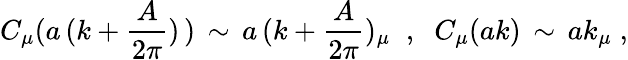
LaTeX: C_{\mu}(a\, (k+\frac{A}{2\pi})\, )\, \sim\, a\, (k+\frac{A}{2\pi})_{\mu}\; \; ,\; \; C_{\mu}(ak)\, \sim\, ak_{\mu}\; ,